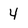
Character: 4